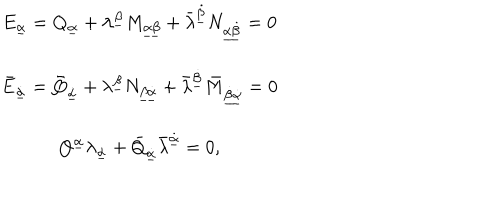
\begin{array} { c } { { { \displaystyle E _ { \underline { { \alpha } } } = Q _ { \underline { { \alpha } } } + \lambda ^ { \underline { { \beta } } } M _ { \underline { { { \alpha \beta } } } } + \bar { \lambda } ^ { \underline { { { \dot { \beta } } } } } N _ { \underline { { { \alpha \dot { \beta } } } } } = 0 } } } \\ { { { \displaystyle \bar { E } _ { \underline { { { \dot { \alpha } } } } } = \bar { Q } _ { \underline { { { \dot { \alpha } } } } } + \lambda ^ { \underline { { \beta } } } N _ { \underline { { { \beta \dot { \alpha } } } } } + \bar { \lambda } ^ { \underline { { { \dot { \beta } } } } } \bar { M } _ { \underline { { { \dot { \beta } \dot { \alpha } } } } } = 0 } } } \\ { { { \displaystyle Q ^ { \underline { { \alpha } } } \lambda _ { \underline { { \alpha } } } + \bar { Q } _ { \underline { { { \dot { \alpha } } } } } \bar { \lambda } ^ { \underline { { { \dot { \alpha } } } } } = 0 , } } } \\ \end{array}